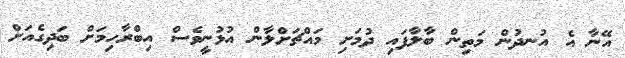
އޭނާ އެ އުނދުން މަތިން ބާލާފައި ދުމަށި މައްޗަށްލާން އުޅުނީވެސް އިބްރާހިމަށް ބަދިގެއަށް